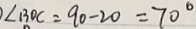
\angle B O C = 9 0 - 2 0 = 7 0 ^ { \circ }